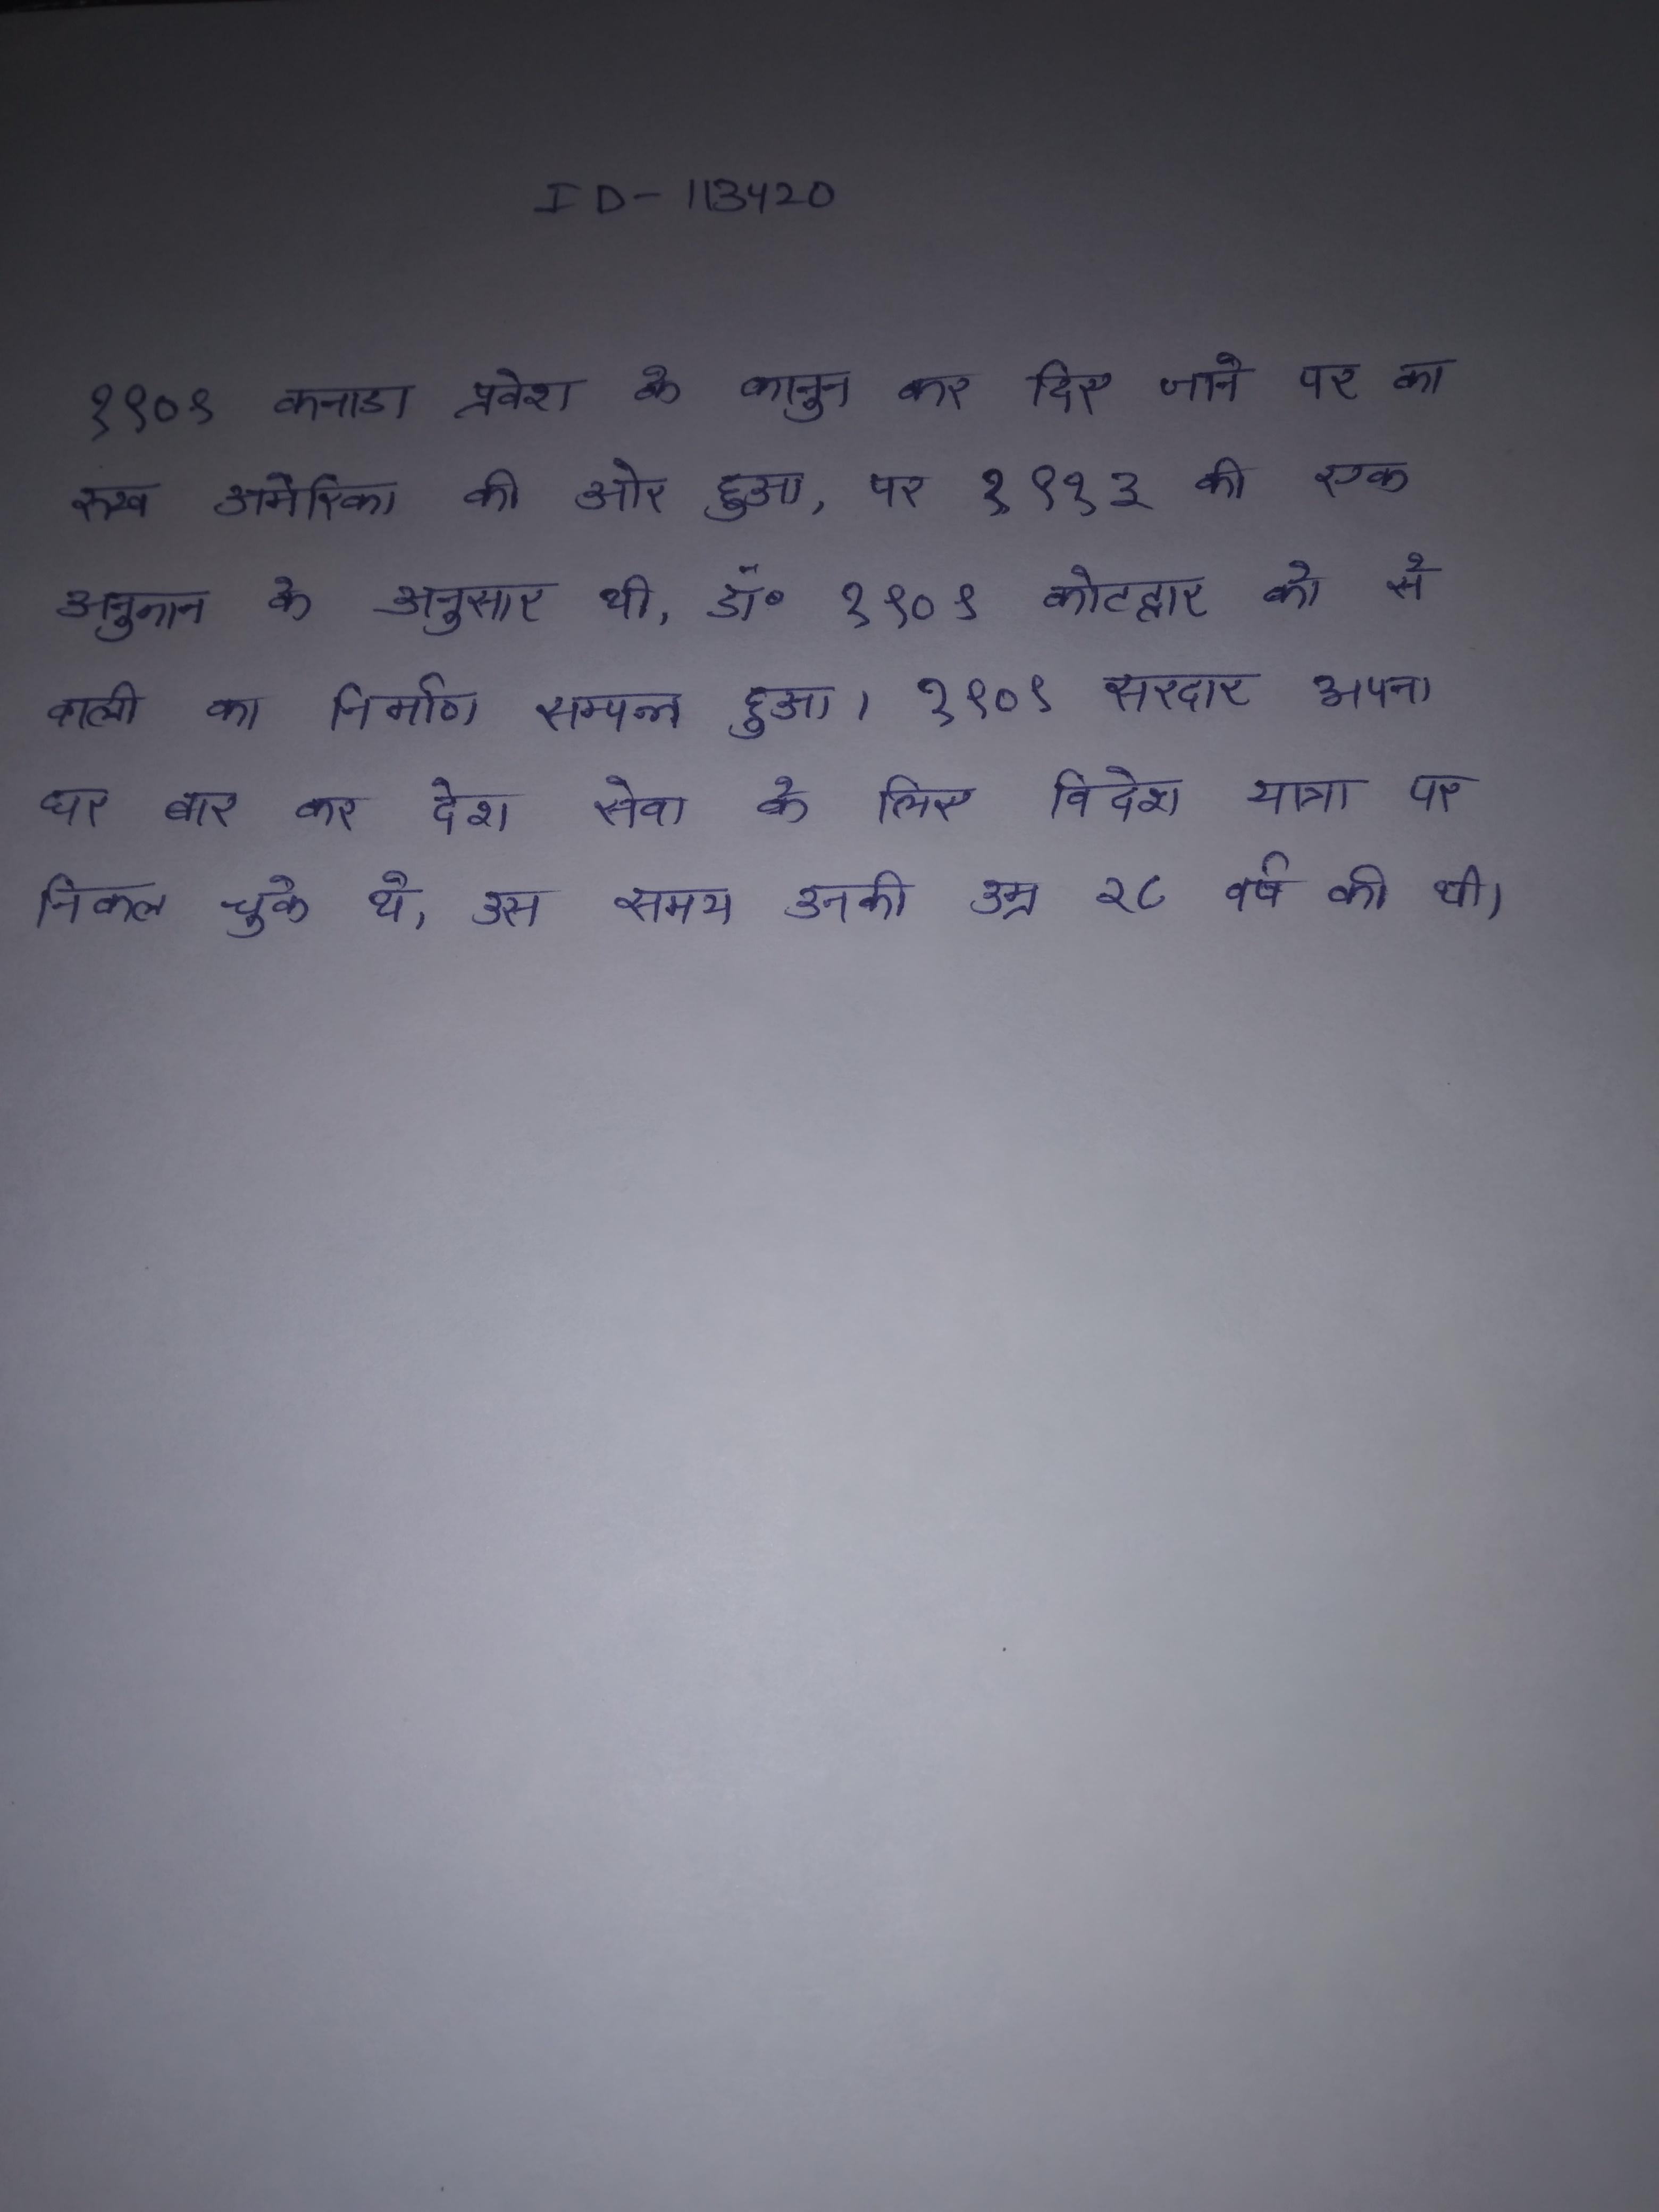
१९०९ कनाडा प्रवेश के कानून कर दिए जाने पर का रुख अमेरिका की ओर हुआ, पर १९१३ की एक अनुमान के अनुसार थी, डॉ॰ १९०९ कोटद्वार को से वाली का निर्माण सम्पन्न हुआ । १९०९ सरदार अपना घर बार कर देश सेवा के लिए विदेश यात्रा पर निकल चुके थे, उस समय उनकी उम्र २८ वर्ष की थी ।